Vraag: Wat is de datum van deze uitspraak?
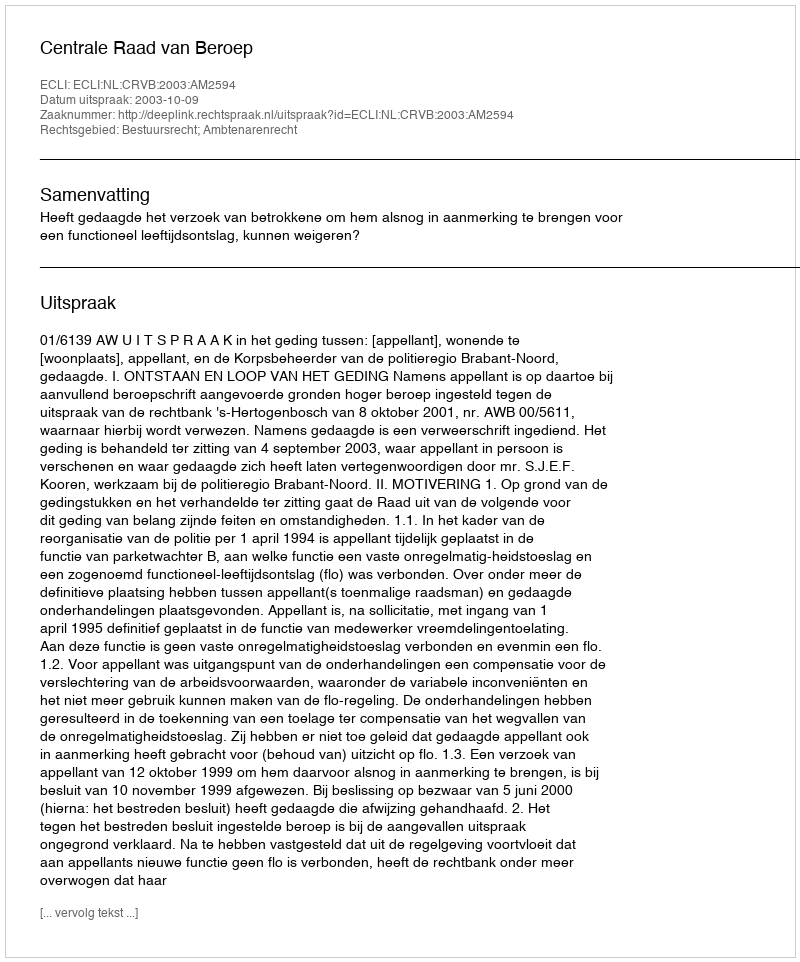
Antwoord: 2003-10-09